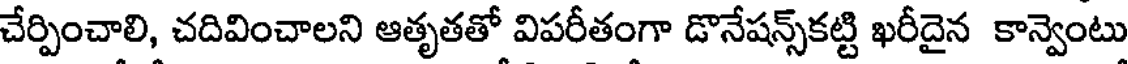
చేర్పించాలి, చదివించాలని ఆతృతతో విపరీతంగా డొనేషన్స్కట్టి ఖరీదైన కాన్వెంటు